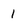
Character: 1